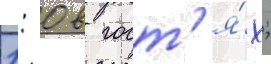
1: 0 в гост'я́х;